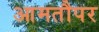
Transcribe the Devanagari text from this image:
आमतौपर